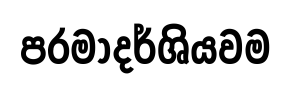
පරමාදර්ශියවම